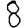
Digit: 8